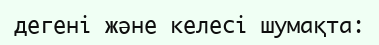
дегені және келесі шумақта: